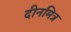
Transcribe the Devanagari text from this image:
दीनमित्र